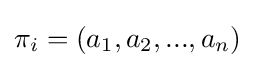
\pi _{i}=(a_{1},a_{2},...,a_{n})